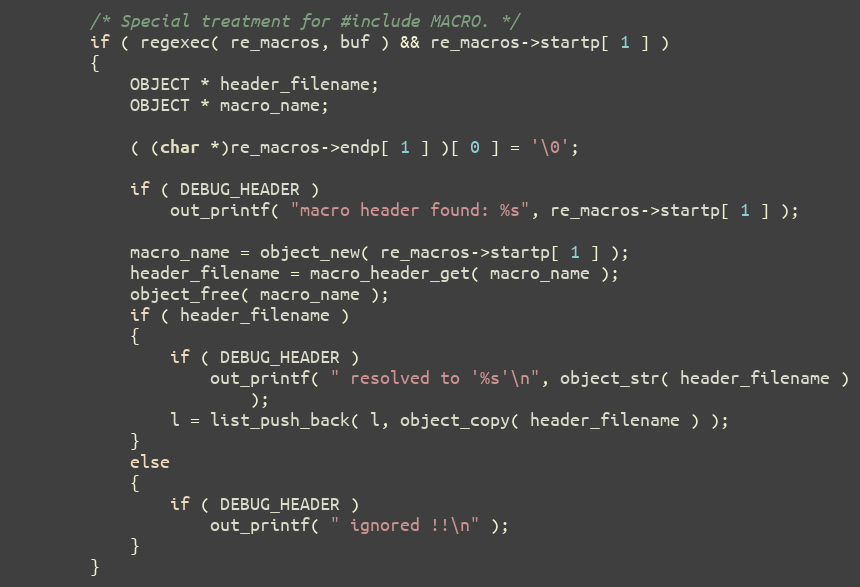
Language: C
        /* Special treatment for #include MACRO. */
        if ( regexec( re_macros, buf ) && re_macros->startp[ 1 ] )
        {
            OBJECT * header_filename;
            OBJECT * macro_name;

            ( (char *)re_macros->endp[ 1 ] )[ 0 ] = '\0';

            if ( DEBUG_HEADER )
                out_printf( "macro header found: %s", re_macros->startp[ 1 ] );

            macro_name = object_new( re_macros->startp[ 1 ] );
            header_filename = macro_header_get( macro_name );
            object_free( macro_name );
            if ( header_filename )
            {
                if ( DEBUG_HEADER )
                    out_printf( " resolved to '%s'\n", object_str( header_filename )
                        );
                l = list_push_back( l, object_copy( header_filename ) );
            }
            else
            {
                if ( DEBUG_HEADER )
                    out_printf( " ignored !!\n" );
            }
        }